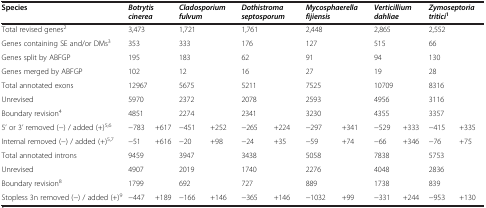
<table><thead><tr><td><b>Species</b></td><td colspan="2"><b><i>Botrytis cinerea</i></b></td><td colspan="2"><b><i>Cladosporium fulvum</i></b></td><td colspan="2"><b><i>Dothistroma septosporum</i></b></td><td colspan="2"><b><i>Mycosphaerella fijiensis</i></b></td><td colspan="2"><b><i>Verticillium dahliae</i></b></td><td colspan="2"><b><i>Zymoseptoria tritici</i><sup>1</sup></b></td></tr></thead><tbody><tr><td>Total revised genes<sup>2</sup></td><td>3,473</td><td> </td><td>1,721</td><td> </td><td>1,761</td><td> </td><td>2,448</td><td> </td><td>2,865</td><td> </td><td>2,552</td><td> </td></tr><tr><td>Genes containing SE and/or DMs<sup>3</sup></td><td>353</td><td> </td><td>333</td><td> </td><td>176</td><td> </td><td>127</td><td> </td><td>515</td><td> </td><td>66</td><td> </td></tr><tr><td>Genes split by ABFGP</td><td>195</td><td> </td><td>183</td><td> </td><td>62</td><td> </td><td>91</td><td> </td><td>94</td><td> </td><td>130</td><td> </td></tr><tr><td>Genes merged by ABFGP</td><td>102</td><td> </td><td>12</td><td> </td><td>16</td><td> </td><td>27</td><td> </td><td>19</td><td> </td><td>28</td><td> </td></tr><tr><td>Total annotated exons</td><td>12967</td><td> </td><td>5675</td><td> </td><td>5211</td><td> </td><td>7525</td><td> </td><td>10709</td><td> </td><td>8316</td><td> </td></tr><tr><td>Unrevised</td><td>5970</td><td> </td><td>2372</td><td> </td><td>2078</td><td> </td><td>2593</td><td> </td><td>4956</td><td> </td><td>3116</td><td> </td></tr><tr><td>Boundary revision<sup>4</sup></td><td>4851</td><td> </td><td>2274</td><td> </td><td>2341</td><td> </td><td>3230</td><td> </td><td>4355</td><td> </td><td>3357</td><td> </td></tr><tr><td>5’ or 3’ removed (−) / added (+)<sup>5,6</sup></td><td>−783</td><td>+617</td><td>−451</td><td>+252</td><td>−265</td><td>+224</td><td>−297</td><td>+341</td><td>−529</td><td>+333</td><td>−415</td><td>+335</td></tr><tr><td>Internal removed (−) / added (+)<sup>5,7</sup></td><td>−51</td><td>+616</td><td>−20</td><td>+98</td><td>−24</td><td>+35</td><td>−59</td><td>+74</td><td>−66</td><td>+346</td><td>−76</td><td>+75</td></tr><tr><td>Total annotated introns</td><td>9459</td><td> </td><td>3947</td><td> </td><td>3438</td><td> </td><td>5058</td><td> </td><td>7838</td><td> </td><td>5753</td><td> </td></tr><tr><td>Unrevised</td><td>4907</td><td> </td><td>2019</td><td> </td><td>1740</td><td> </td><td>2276</td><td> </td><td>4048</td><td> </td><td>2836</td><td> </td></tr><tr><td>Boundary revision<sup>8</sup></td><td>1799</td><td> </td><td>692</td><td> </td><td>727</td><td> </td><td>889</td><td> </td><td>1738</td><td> </td><td>839</td><td> </td></tr><tr><td>Stopless 3n removed (−) / added (+)<sup>9</sup></td><td>−447</td><td>+189</td><td>−166</td><td>+146</td><td>−365</td><td>+146</td><td>−1032</td><td>+99</td><td>−331</td><td>+244</td><td>−953</td><td>+130</td></tr></tbody></table>